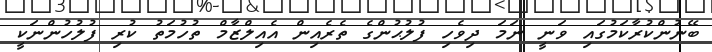
ބޭނުންކުރާކަމުގައި ވަނީ ނަމަ ދިވެހި ފުލުޙުންގެ ތެރެއިން އެއިލްޒާމް ތުހުމަތު ކުރި ފުލުހުންނަކީ